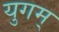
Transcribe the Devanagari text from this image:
युगम्